Plague in India, 1896, 1897 - Volume 2
Year: 1896
Disease focus: Plague
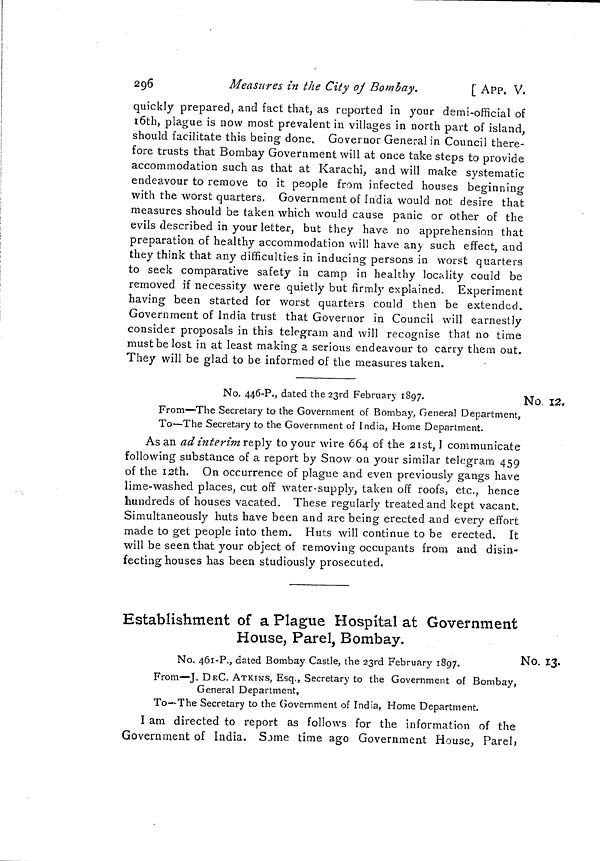
296
Measures in the City of Bombay.
[ APP. V,
quickly prepared, and fact that, as reported in your demi-official of
l0th, plague is now most prevalent in villages in north part of island,
should facilitate this being done. Governor General in Council there-
fore trusts that Bombay Government will at once take steps to provide
accommodation such as that at Karachi, and will make systematic
endeavour to remove to it people from infected houses beginning
with the worst quarters. Government of India would not desire that
measures should be taken which would cause panic or other of the
evils described in your letter, but they have no apprehension that
preparation of healthy accommodation will have any such effect, and
they think that any difficulties in inducing persons in worst quarters
to seek comparative safety in camp in healthy locality could be
removed if necessity were quietly but firmly explained. Experiment
having been started for worst quarters could then be extended.
Government of India trust that Governor in Council will earnestly
consider proposals in this telegram and will recognise that no time
must be lost in at least making a serious endeavour to carry them out.
They will be glad to be informed of the measures taken.
No 12,
No. 446-P., dated the 23rd February 1897.
From—The Secretary to the Government of Bombay, General Department,
To—The Secretary to the Government of India, Home Department.
As an ad interim reply to your wire 064 of the 21st, I communicate
following substance of a report by Snow on your similar telegram 459
of the 12th. On occurrence of plague and even previously gangs have
lime-washed places, cut off water-supply, taken off roofs, etc., hence
hundreds of houses vacated. These regularly treated and kept vacant.
Simultaneously huts have been and are being erected and every effort
made to get people into them. Huts will continue to be erected. It
will be seen that your object of removing occupants from and disin-
fecting houses has been studiously prosecuted.
Establishment of a Plague Hospital at Government
House, Parel Bombay.
No. 13.
No. 461-P., dated Bombay Castle, the 23rd February 1897.
From—J. DEC. ATKINS, Esq., Secretary to the Government of Bombay,
General Department,
To—The Secretary to the Government of India, Home Department.
I am directed to report as follows for the information of the
Government of India. Some time ago Government House, Parel,